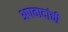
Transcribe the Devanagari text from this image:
अपवादांची